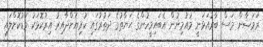
ރަމަޟާން މަސް ބާރުއަޅަނީ މުއުމިނުން އެބައިމީހުންގެ ޙަޔާތުގެ ދަތުރުގައި ކުރިޔަށްދާއިރު އިރުކޮޅަކު މަޑުކޮށްލައި